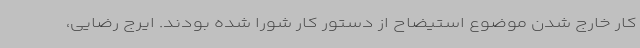
کار خارج شدن موضوع استیضاح از دستور کار شورا شده بودند. ایرج رضایی،